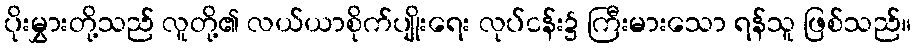
ပိုးမွှားတို့သည် လူတို့၏ လယ်ယာစိုက်ပျိုးရေး လုပ်ငန်း၌ ကြီးမားသော ရန်သူ ဖြစ်သည်။